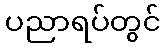
ပညာရပ်တွင်